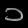
Digit: ၁